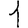
Digit: 1